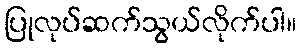
ပြုလုပ်ဆက်သွယ်လိုက်ပါ။